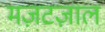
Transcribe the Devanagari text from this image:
मज़टज़ाल